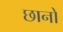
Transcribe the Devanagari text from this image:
छानों